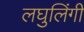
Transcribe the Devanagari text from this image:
लघुलिंगी